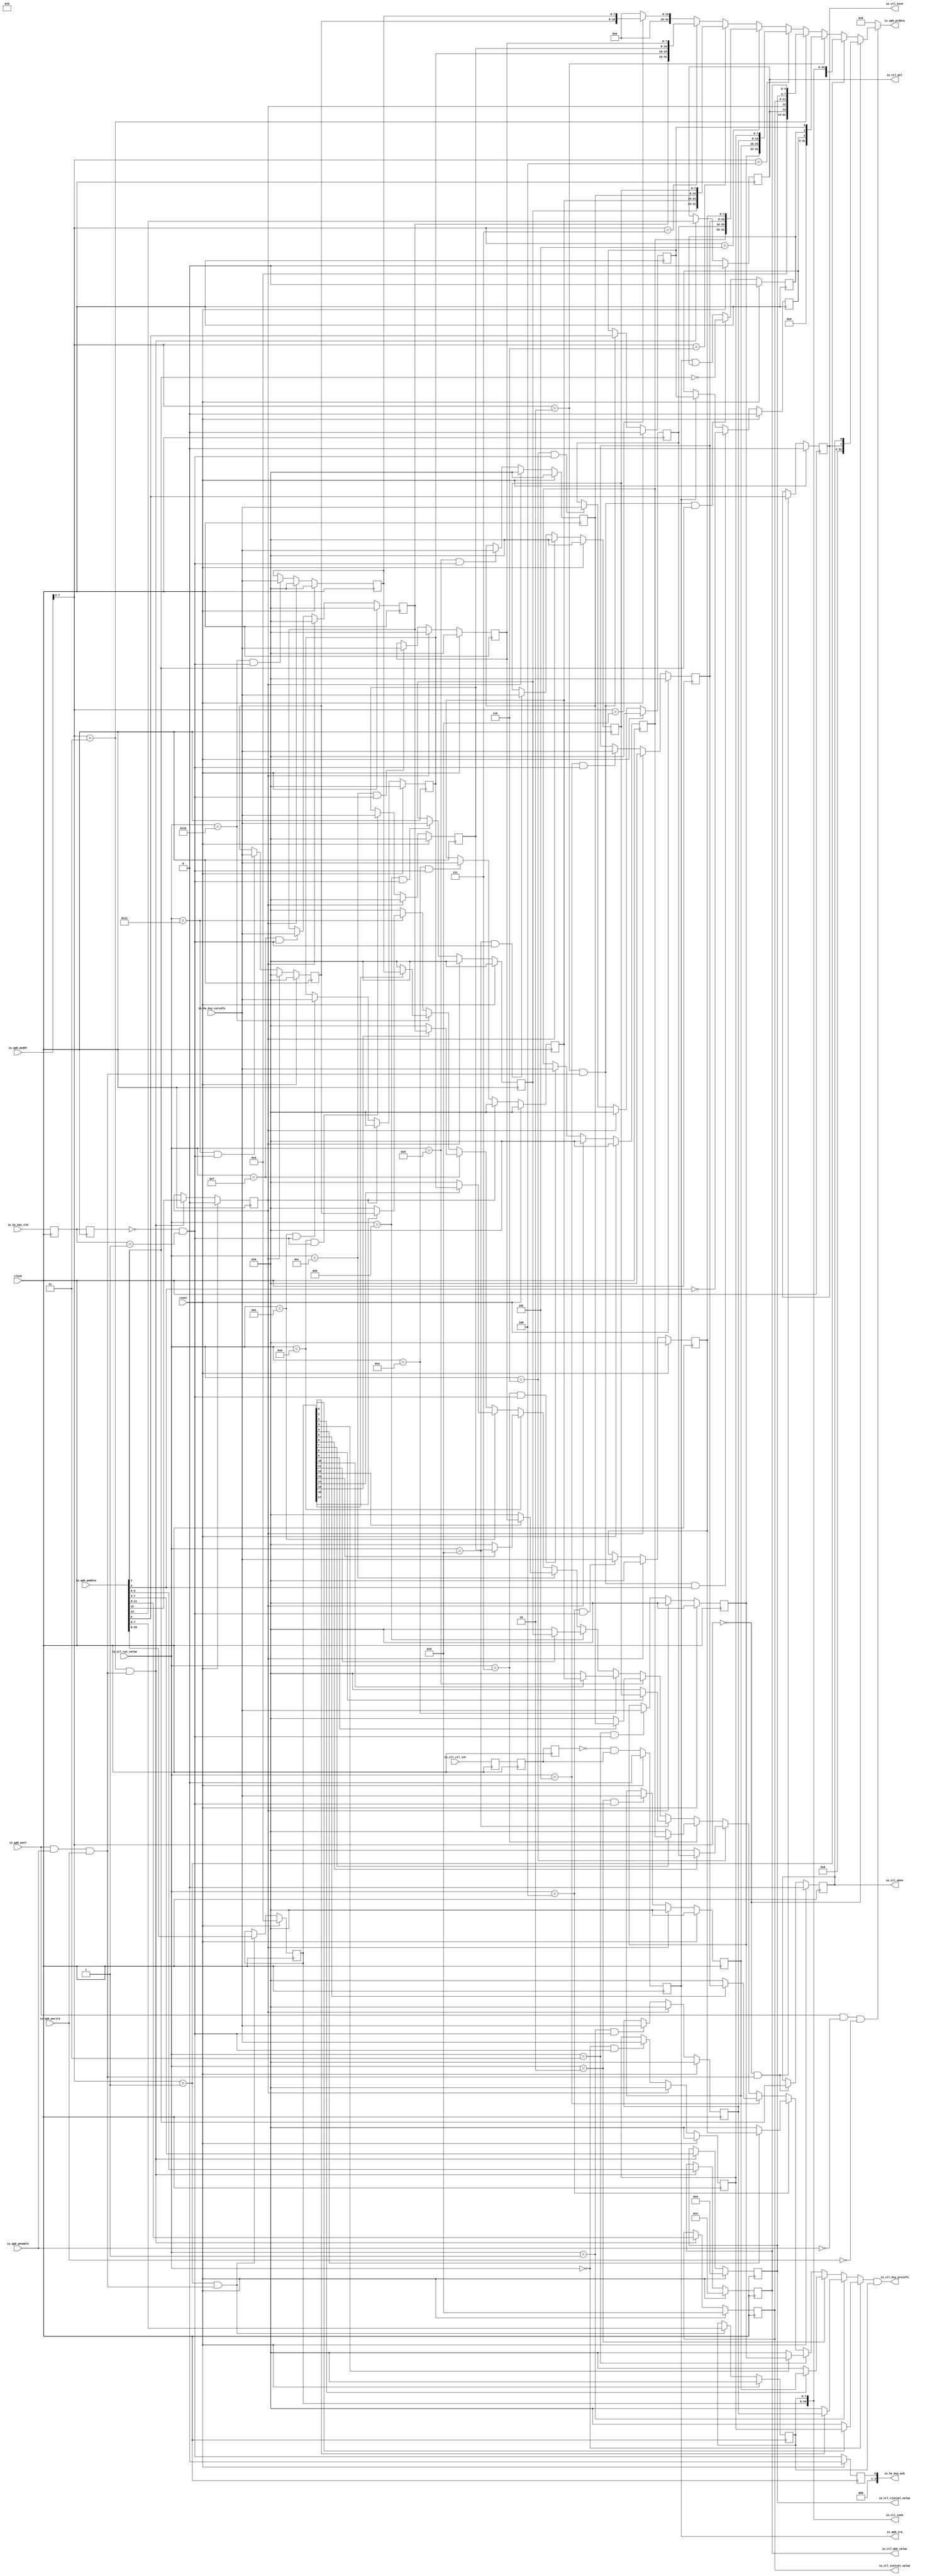
module Regfile(
  input         clock,
  input         reset,
  input         io_apb_psel,
  input         io_apb_pwrite,
  input         io_apb_penable,
  input  [7:0]  io_apb_paddr,
  input  [31:0] io_apb_pwdata,
  output [31:0] io_apb_prdata,
  output        io_apb_irq,
  input  [7:0]  io_hs_key_curinfo,
  input  [3:0]  io_hs_key_vld,
  output [3:0]  io_hs_key_ack,
  output        io_ctl_ksen,
  output        io_ctl_wken,
  output [7:0]  io_ctl_key_preinfo,
  output [25:0] io_ctl_ioen,
  output        io_ctl_pol,
  output [3:0]  io_ctl_deb_value,
  output [3:0]  io_ctl_rintval_value,
  output [3:0]  io_ctl_sintval_value,
  input  [4:0]  io_ctl_cyc_value,
  input         io_ctl_ctl_int
);
  reg [3:0] key_vld_d; // @[Regfile.scala 20:28]
  reg [31:0] _RAND_0;
  reg [3:0] key_vld_dd; // @[Regfile.scala 21:29]
  reg [31:0] _RAND_1;
  reg  key_ack; // @[Regfile.scala 22:26]
  reg [31:0] _RAND_2;
  wire  _T; // @[Regfile.scala 23:33]
  wire  _T_1; // @[Regfile.scala 23:55]
  wire  key_vld_r; // @[Regfile.scala 23:42]
  reg  ctl_int_d; // @[Regfile.scala 35:28]
  reg [31:0] _RAND_3;
  reg  ctl_int_dd; // @[Regfile.scala 36:29]
  reg [31:0] _RAND_4;
  reg  ctl_int_ddd; // @[Regfile.scala 37:30]
  reg [31:0] _RAND_5;
  reg  ctl_int_r; // @[Regfile.scala 38:28]
  reg [31:0] _RAND_6;
  wire  _T_2; // @[Regfile.scala 39:18]
  wire  _T_4; // @[Regfile.scala 39:31]
  wire  _T_5; // @[Regfile.scala 54:30]
  wire  wr_en; // @[Regfile.scala 54:47]
  wire  _T_6; // @[Regfile.scala 55:32]
  wire  _T_7; // @[Regfile.scala 55:29]
  wire  _T_8; // @[Regfile.scala 55:52]
  wire  rd_en; // @[Regfile.scala 55:49]
  wire [5:0] reg_idx; // @[Regfile.scala 56:33]
  wire  _T_9; // @[Regfile.scala 58:30]
  wire  ks_en_wr; // @[Regfile.scala 58:39]
  reg  ks_en; // @[Regfile.scala 59:25]
  reg [31:0] _RAND_7;
  reg  wk_en; // @[Regfile.scala 60:25]
  reg [31:0] _RAND_8;
  wire  _T_11; // @[Regfile.scala 62:29]
  wire  _T_12; // @[Regfile.scala 63:29]
  wire [31:0] ks_en_bus; // @[Cat.scala 29:58]
  wire  _T_14; // @[Regfile.scala 67:31]
  wire  io_cfg_wr; // @[Regfile.scala 67:40]
  reg [17:0] ksoe; // @[Regfile.scala 68:24]
  reg [31:0] _RAND_9;
  reg [7:0] ksie; // @[Regfile.scala 69:24]
  reg [31:0] _RAND_10;
  wire [17:0] _T_16; // @[Regfile.scala 71:28]
  wire [7:0] _T_17; // @[Regfile.scala 72:28]
  wire [31:0] io_cfg_bus; // @[Cat.scala 29:58]
  wire  _T_19; // @[Regfile.scala 76:32]
  wire  int_cfg_wr; // @[Regfile.scala 76:41]
  reg  int_en; // @[Regfile.scala 77:26]
  reg [31:0] _RAND_11;
  reg  ksf; // @[Regfile.scala 78:23]
  reg [31:0] _RAND_12;
  reg  ksif; // @[Regfile.scala 79:24]
  reg [31:0] _RAND_13;
  wire  _T_24; // @[Regfile.scala 83:29]
  wire  _T_26; // @[Regfile.scala 84:14]
  wire  _GEN_6; // @[Regfile.scala 85:35]
  wire  _T_29; // @[Regfile.scala 88:45]
  wire  _T_30; // @[Regfile.scala 88:29]
  wire  _T_32; // @[Regfile.scala 89:15]
  wire [31:0] int_cfg_bus; // @[Cat.scala 29:58]
  wire  _T_36; // @[Regfile.scala 95:30]
  wire  ks_cfg_wr; // @[Regfile.scala 95:39]
  reg  pol; // @[Regfile.scala 96:23]
  reg [31:0] _RAND_14;
  reg  clr_key; // @[Regfile.scala 97:27]
  reg [31:0] _RAND_15;
  reg [3:0] sintval_value; // @[Regfile.scala 98:33]
  reg [31:0] _RAND_16;
  reg [3:0] rintval_value; // @[Regfile.scala 99:33]
  reg [31:0] _RAND_17;
  reg [3:0] deb_value; // @[Regfile.scala 100:29]
  reg [31:0] _RAND_18;
  wire  _T_38; // @[Regfile.scala 102:27]
  wire  _T_39; // @[Regfile.scala 103:31]
  wire [3:0] _T_40; // @[Regfile.scala 104:37]
  wire [3:0] _T_41; // @[Regfile.scala 105:37]
  wire [3:0] _T_42; // @[Regfile.scala 106:33]
  wire [31:0] ks_cfg_bus; // @[Cat.scala 29:58]
  reg [7:0] rows_0; // @[Regfile.scala 112:23]
  reg [31:0] _RAND_19;
  wire  _T_48; // @[Regfile.scala 115:36]
  wire  _T_50; // @[Regfile.scala 115:45]
  reg [7:0] rows_1; // @[Regfile.scala 112:23]
  reg [31:0] _RAND_20;
  wire  _T_52; // @[Regfile.scala 115:36]
  wire  _T_54; // @[Regfile.scala 115:45]
  reg [7:0] rows_2; // @[Regfile.scala 112:23]
  reg [31:0] _RAND_21;
  wire  _T_56; // @[Regfile.scala 115:36]
  wire  _T_58; // @[Regfile.scala 115:45]
  reg [7:0] rows_3; // @[Regfile.scala 112:23]
  reg [31:0] _RAND_22;
  wire  _T_60; // @[Regfile.scala 115:36]
  wire  _T_62; // @[Regfile.scala 115:45]
  reg [7:0] rows_4; // @[Regfile.scala 112:23]
  reg [31:0] _RAND_23;
  wire  _T_64; // @[Regfile.scala 115:36]
  wire  _T_66; // @[Regfile.scala 115:45]
  reg [7:0] rows_5; // @[Regfile.scala 112:23]
  reg [31:0] _RAND_24;
  wire  _T_68; // @[Regfile.scala 115:36]
  wire  _T_70; // @[Regfile.scala 115:45]
  reg [7:0] rows_6; // @[Regfile.scala 112:23]
  reg [31:0] _RAND_25;
  wire  _T_72; // @[Regfile.scala 115:36]
  wire  _T_74; // @[Regfile.scala 115:45]
  reg [7:0] rows_7; // @[Regfile.scala 112:23]
  reg [31:0] _RAND_26;
  wire  _T_76; // @[Regfile.scala 115:36]
  wire  _T_78; // @[Regfile.scala 115:45]
  reg [7:0] rows_8; // @[Regfile.scala 112:23]
  reg [31:0] _RAND_27;
  wire  _T_80; // @[Regfile.scala 115:36]
  wire  _T_82; // @[Regfile.scala 115:45]
  reg [7:0] rows_9; // @[Regfile.scala 112:23]
  reg [31:0] _RAND_28;
  wire  _T_84; // @[Regfile.scala 115:36]
  wire  _T_86; // @[Regfile.scala 115:45]
  reg [7:0] rows_10; // @[Regfile.scala 112:23]
  reg [31:0] _RAND_29;
  wire  _T_88; // @[Regfile.scala 115:36]
  wire  _T_90; // @[Regfile.scala 115:45]
  reg [7:0] rows_11; // @[Regfile.scala 112:23]
  reg [31:0] _RAND_30;
  wire  _T_92; // @[Regfile.scala 115:36]
  wire  _T_94; // @[Regfile.scala 115:45]
  reg [7:0] rows_12; // @[Regfile.scala 112:23]
  reg [31:0] _RAND_31;
  wire  _T_96; // @[Regfile.scala 115:36]
  wire  _T_98; // @[Regfile.scala 115:45]
  reg [7:0] rows_13; // @[Regfile.scala 112:23]
  reg [31:0] _RAND_32;
  wire  _T_100; // @[Regfile.scala 115:36]
  wire  _T_102; // @[Regfile.scala 115:45]
  reg [7:0] rows_14; // @[Regfile.scala 112:23]
  reg [31:0] _RAND_33;
  wire  _T_104; // @[Regfile.scala 115:36]
  wire  _T_106; // @[Regfile.scala 115:45]
  reg [7:0] rows_15; // @[Regfile.scala 112:23]
  reg [31:0] _RAND_34;
  wire  _T_108; // @[Regfile.scala 115:36]
  wire  _T_110; // @[Regfile.scala 115:45]
  reg [7:0] rows_16; // @[Regfile.scala 112:23]
  reg [31:0] _RAND_35;
  wire  _T_112; // @[Regfile.scala 115:36]
  wire  _T_114; // @[Regfile.scala 115:45]
  reg [7:0] rows_17; // @[Regfile.scala 112:23]
  reg [31:0] _RAND_36;
  wire  _T_116; // @[Regfile.scala 115:36]
  wire  _T_118; // @[Regfile.scala 115:45]
  wire [31:0] ks_info0_bus; // @[Cat.scala 29:58]
  wire [31:0] ks_info1_bus; // @[Cat.scala 29:58]
  wire [31:0] ks_info2_bus; // @[Cat.scala 29:58]
  wire [31:0] ks_info3_bus; // @[Cat.scala 29:58]
  wire [31:0] ks_info4_bus; // @[Cat.scala 29:58]
  wire  _T_133; // @[Regfile.scala 131:16]
  wire  _T_134; // @[Regfile.scala 132:16]
  wire  _T_135; // @[Regfile.scala 133:16]
  wire  _T_136; // @[Regfile.scala 134:16]
  wire  _T_137; // @[Regfile.scala 135:16]
  wire [31:0] _T_138; // @[Mux.scala 87:16]
  wire [31:0] _T_139; // @[Mux.scala 87:16]
  wire [31:0] _T_140; // @[Mux.scala 87:16]
  wire [31:0] _T_141; // @[Mux.scala 87:16]
  wire [31:0] _T_142; // @[Mux.scala 87:16]
  wire [31:0] _T_143; // @[Mux.scala 87:16]
  wire [31:0] _T_144; // @[Mux.scala 87:16]
  wire [31:0] _T_145; // @[Mux.scala 87:16]
  wire [31:0] _T_146; // @[Mux.scala 87:16]
  wire  _T_148; // @[Regfile.scala 138:53]
  wire [7:0] sel_rows_0; // @[Regfile.scala 138:48]
  wire  _T_149; // @[Regfile.scala 138:53]
  wire [7:0] sel_rows_1; // @[Regfile.scala 138:48]
  wire  _T_150; // @[Regfile.scala 138:53]
  wire [7:0] sel_rows_2; // @[Regfile.scala 138:48]
  wire  _T_151; // @[Regfile.scala 138:53]
  wire [7:0] sel_rows_3; // @[Regfile.scala 138:48]
  wire  _T_152; // @[Regfile.scala 138:53]
  wire [7:0] sel_rows_4; // @[Regfile.scala 138:48]
  wire  _T_153; // @[Regfile.scala 138:53]
  wire [7:0] sel_rows_5; // @[Regfile.scala 138:48]
  wire  _T_154; // @[Regfile.scala 138:53]
  wire [7:0] sel_rows_6; // @[Regfile.scala 138:48]
  wire  _T_155; // @[Regfile.scala 138:53]
  wire [7:0] sel_rows_7; // @[Regfile.scala 138:48]
  wire  _T_156; // @[Regfile.scala 138:53]
  wire [7:0] sel_rows_8; // @[Regfile.scala 138:48]
  wire  _T_157; // @[Regfile.scala 138:53]
  wire [7:0] sel_rows_9; // @[Regfile.scala 138:48]
  wire  _T_158; // @[Regfile.scala 138:53]
  wire [7:0] sel_rows_10; // @[Regfile.scala 138:48]
  wire  _T_159; // @[Regfile.scala 138:53]
  wire [7:0] sel_rows_11; // @[Regfile.scala 138:48]
  wire  _T_160; // @[Regfile.scala 138:53]
  wire [7:0] sel_rows_12; // @[Regfile.scala 138:48]
  wire  _T_161; // @[Regfile.scala 138:53]
  wire [7:0] sel_rows_13; // @[Regfile.scala 138:48]
  wire  _T_162; // @[Regfile.scala 138:53]
  wire [7:0] sel_rows_14; // @[Regfile.scala 138:48]
  wire  _T_163; // @[Regfile.scala 138:53]
  wire [7:0] sel_rows_15; // @[Regfile.scala 138:48]
  wire  _T_164; // @[Regfile.scala 138:53]
  wire [7:0] sel_rows_16; // @[Regfile.scala 138:48]
  wire  _T_165; // @[Regfile.scala 138:53]
  wire [7:0] sel_rows_17; // @[Regfile.scala 138:48]
  wire [7:0] _T_166; // @[Mux.scala 87:16]
  wire [7:0] _T_167; // @[Mux.scala 87:16]
  wire [7:0] _T_168; // @[Mux.scala 87:16]
  wire [7:0] _T_169; // @[Mux.scala 87:16]
  wire [7:0] _T_170; // @[Mux.scala 87:16]
  wire [7:0] _T_171; // @[Mux.scala 87:16]
  wire [7:0] _T_172; // @[Mux.scala 87:16]
  wire [7:0] _T_173; // @[Mux.scala 87:16]
  wire [7:0] _T_174; // @[Mux.scala 87:16]
  wire [7:0] _T_175; // @[Mux.scala 87:16]
  wire [7:0] _T_176; // @[Mux.scala 87:16]
  wire [7:0] _T_177; // @[Mux.scala 87:16]
  wire [7:0] _T_178; // @[Mux.scala 87:16]
  wire [7:0] _T_179; // @[Mux.scala 87:16]
  wire [7:0] _T_180; // @[Mux.scala 87:16]
  wire [7:0] _T_181; // @[Mux.scala 87:16]
  wire [7:0] _T_182; // @[Mux.scala 87:16]
  wire [7:0] key_info; // @[Mux.scala 87:16]
  assign _T = key_vld_dd == 4'h0; // @[Regfile.scala 23:33]
  assign _T_1 = key_vld_d == 4'h1; // @[Regfile.scala 23:55]
  assign key_vld_r = _T & _T_1; // @[Regfile.scala 23:42]
  assign _T_2 = ctl_int_ddd == 1'h0; // @[Regfile.scala 39:18]
  assign _T_4 = _T_2 & ctl_int_dd; // @[Regfile.scala 39:31]
  assign _T_5 = io_apb_psel & io_apb_penable; // @[Regfile.scala 54:30]
  assign wr_en = _T_5 & io_apb_pwrite; // @[Regfile.scala 54:47]
  assign _T_6 = io_apb_penable == 1'h0; // @[Regfile.scala 55:32]
  assign _T_7 = io_apb_psel & _T_6; // @[Regfile.scala 55:29]
  assign _T_8 = io_apb_pwrite == 1'h0; // @[Regfile.scala 55:52]
  assign rd_en = _T_7 & _T_8; // @[Regfile.scala 55:49]
  assign reg_idx = io_apb_paddr[7:2]; // @[Regfile.scala 56:33]
  assign _T_9 = reg_idx == 6'h0; // @[Regfile.scala 58:30]
  assign ks_en_wr = _T_9 & wr_en; // @[Regfile.scala 58:39]
  assign _T_11 = io_apb_pwdata[0]; // @[Regfile.scala 62:29]
  assign _T_12 = io_apb_pwdata[1]; // @[Regfile.scala 63:29]
  assign ks_en_bus = {30'h0,ks_en,wk_en}; // @[Cat.scala 29:58]
  assign _T_14 = reg_idx == 6'h1; // @[Regfile.scala 67:31]
  assign io_cfg_wr = _T_14 & wr_en; // @[Regfile.scala 67:40]
  assign _T_16 = io_apb_pwdata[25:8]; // @[Regfile.scala 71:28]
  assign _T_17 = io_apb_pwdata[7:0]; // @[Regfile.scala 72:28]
  assign io_cfg_bus = {6'h0,ksoe,ksie}; // @[Cat.scala 29:58]
  assign _T_19 = reg_idx == 6'h2; // @[Regfile.scala 76:32]
  assign int_cfg_wr = _T_19 & wr_en; // @[Regfile.scala 76:41]
  assign _T_24 = int_cfg_wr & _T_12; // @[Regfile.scala 83:29]
  assign _T_26 = ~ _T_12; // @[Regfile.scala 84:14]
  assign _GEN_6 = ctl_int_r | ksf; // @[Regfile.scala 85:35]
  assign _T_29 = io_apb_pwdata[2]; // @[Regfile.scala 88:45]
  assign _T_30 = int_cfg_wr & _T_29; // @[Regfile.scala 88:29]
  assign _T_32 = ~ _T_29; // @[Regfile.scala 89:15]
  assign int_cfg_bus = {29'h0,ksif,ksf,int_en}; // @[Cat.scala 29:58]
  assign _T_36 = reg_idx == 6'h3; // @[Regfile.scala 95:30]
  assign ks_cfg_wr = _T_36 & wr_en; // @[Regfile.scala 95:39]
  assign _T_38 = io_apb_pwdata[13]; // @[Regfile.scala 102:27]
  assign _T_39 = io_apb_pwdata[12]; // @[Regfile.scala 103:31]
  assign _T_40 = io_apb_pwdata[11:8]; // @[Regfile.scala 104:37]
  assign _T_41 = io_apb_pwdata[7:4]; // @[Regfile.scala 105:37]
  assign _T_42 = io_apb_pwdata[3:0]; // @[Regfile.scala 106:33]
  assign ks_cfg_bus = {18'h0,pol,clr_key,sintval_value,rintval_value,deb_value}; // @[Cat.scala 29:58]
  assign _T_48 = io_ctl_cyc_value == 5'h0; // @[Regfile.scala 115:36]
  assign _T_50 = _T_48 & key_vld_r; // @[Regfile.scala 115:45]
  assign _T_52 = io_ctl_cyc_value == 5'h1; // @[Regfile.scala 115:36]
  assign _T_54 = _T_52 & key_vld_r; // @[Regfile.scala 115:45]
  assign _T_56 = io_ctl_cyc_value == 5'h2; // @[Regfile.scala 115:36]
  assign _T_58 = _T_56 & key_vld_r; // @[Regfile.scala 115:45]
  assign _T_60 = io_ctl_cyc_value == 5'h3; // @[Regfile.scala 115:36]
  assign _T_62 = _T_60 & key_vld_r; // @[Regfile.scala 115:45]
  assign _T_64 = io_ctl_cyc_value == 5'h4; // @[Regfile.scala 115:36]
  assign _T_66 = _T_64 & key_vld_r; // @[Regfile.scala 115:45]
  assign _T_68 = io_ctl_cyc_value == 5'h5; // @[Regfile.scala 115:36]
  assign _T_70 = _T_68 & key_vld_r; // @[Regfile.scala 115:45]
  assign _T_72 = io_ctl_cyc_value == 5'h6; // @[Regfile.scala 115:36]
  assign _T_74 = _T_72 & key_vld_r; // @[Regfile.scala 115:45]
  assign _T_76 = io_ctl_cyc_value == 5'h7; // @[Regfile.scala 115:36]
  assign _T_78 = _T_76 & key_vld_r; // @[Regfile.scala 115:45]
  assign _T_80 = io_ctl_cyc_value == 5'h8; // @[Regfile.scala 115:36]
  assign _T_82 = _T_80 & key_vld_r; // @[Regfile.scala 115:45]
  assign _T_84 = io_ctl_cyc_value == 5'h9; // @[Regfile.scala 115:36]
  assign _T_86 = _T_84 & key_vld_r; // @[Regfile.scala 115:45]
  assign _T_88 = io_ctl_cyc_value == 5'ha; // @[Regfile.scala 115:36]
  assign _T_90 = _T_88 & key_vld_r; // @[Regfile.scala 115:45]
  assign _T_92 = io_ctl_cyc_value == 5'hb; // @[Regfile.scala 115:36]
  assign _T_94 = _T_92 & key_vld_r; // @[Regfile.scala 115:45]
  assign _T_96 = io_ctl_cyc_value == 5'hc; // @[Regfile.scala 115:36]
  assign _T_98 = _T_96 & key_vld_r; // @[Regfile.scala 115:45]
  assign _T_100 = io_ctl_cyc_value == 5'hd; // @[Regfile.scala 115:36]
  assign _T_102 = _T_100 & key_vld_r; // @[Regfile.scala 115:45]
  assign _T_104 = io_ctl_cyc_value == 5'he; // @[Regfile.scala 115:36]
  assign _T_106 = _T_104 & key_vld_r; // @[Regfile.scala 115:45]
  assign _T_108 = io_ctl_cyc_value == 5'hf; // @[Regfile.scala 115:36]
  assign _T_110 = _T_108 & key_vld_r; // @[Regfile.scala 115:45]
  assign _T_112 = io_ctl_cyc_value == 5'h10; // @[Regfile.scala 115:36]
  assign _T_114 = _T_112 & key_vld_r; // @[Regfile.scala 115:45]
  assign _T_116 = io_ctl_cyc_value == 5'h11; // @[Regfile.scala 115:36]
  assign _T_118 = _T_116 & key_vld_r; // @[Regfile.scala 115:45]
  assign ks_info0_bus = {rows_3,rows_2,rows_1,rows_0}; // @[Cat.scala 29:58]
  assign ks_info1_bus = {rows_7,rows_6,rows_5,rows_4}; // @[Cat.scala 29:58]
  assign ks_info2_bus = {rows_11,rows_10,rows_9,rows_8}; // @[Cat.scala 29:58]
  assign ks_info3_bus = {rows_15,rows_14,rows_13,rows_12}; // @[Cat.scala 29:58]
  assign ks_info4_bus = {16'h0,rows_17,rows_16}; // @[Cat.scala 29:58]
  assign _T_133 = reg_idx == 6'h4; // @[Regfile.scala 131:16]
  assign _T_134 = reg_idx == 6'h5; // @[Regfile.scala 132:16]
  assign _T_135 = reg_idx == 6'h6; // @[Regfile.scala 133:16]
  assign _T_136 = reg_idx == 6'h7; // @[Regfile.scala 134:16]
  assign _T_137 = reg_idx == 6'h8; // @[Regfile.scala 135:16]
  assign _T_138 = _T_137 ? ks_info4_bus : 32'h0; // @[Mux.scala 87:16]
  assign _T_139 = _T_136 ? ks_info3_bus : _T_138; // @[Mux.scala 87:16]
  assign _T_140 = _T_135 ? ks_info2_bus : _T_139; // @[Mux.scala 87:16]
  assign _T_141 = _T_134 ? ks_info1_bus : _T_140; // @[Mux.scala 87:16]
  assign _T_142 = _T_133 ? ks_info0_bus : _T_141; // @[Mux.scala 87:16]
  assign _T_143 = _T_36 ? ks_cfg_bus : _T_142; // @[Mux.scala 87:16]
  assign _T_144 = _T_19 ? int_cfg_bus : _T_143; // @[Mux.scala 87:16]
  assign _T_145 = _T_14 ? io_cfg_bus : _T_144; // @[Mux.scala 87:16]
  assign _T_146 = _T_9 ? ks_en_bus : _T_145; // @[Mux.scala 87:16]
  assign _T_148 = ksoe[0]; // @[Regfile.scala 138:53]
  assign sel_rows_0 = _T_148 ? rows_0 : 8'h0; // @[Regfile.scala 138:48]
  assign _T_149 = ksoe[1]; // @[Regfile.scala 138:53]
  assign sel_rows_1 = _T_149 ? rows_1 : 8'h0; // @[Regfile.scala 138:48]
  assign _T_150 = ksoe[2]; // @[Regfile.scala 138:53]
  assign sel_rows_2 = _T_150 ? rows_2 : 8'h0; // @[Regfile.scala 138:48]
  assign _T_151 = ksoe[3]; // @[Regfile.scala 138:53]
  assign sel_rows_3 = _T_151 ? rows_3 : 8'h0; // @[Regfile.scala 138:48]
  assign _T_152 = ksoe[4]; // @[Regfile.scala 138:53]
  assign sel_rows_4 = _T_152 ? rows_4 : 8'h0; // @[Regfile.scala 138:48]
  assign _T_153 = ksoe[5]; // @[Regfile.scala 138:53]
  assign sel_rows_5 = _T_153 ? rows_5 : 8'h0; // @[Regfile.scala 138:48]
  assign _T_154 = ksoe[6]; // @[Regfile.scala 138:53]
  assign sel_rows_6 = _T_154 ? rows_6 : 8'h0; // @[Regfile.scala 138:48]
  assign _T_155 = ksoe[7]; // @[Regfile.scala 138:53]
  assign sel_rows_7 = _T_155 ? rows_7 : 8'h0; // @[Regfile.scala 138:48]
  assign _T_156 = ksoe[8]; // @[Regfile.scala 138:53]
  assign sel_rows_8 = _T_156 ? rows_8 : 8'h0; // @[Regfile.scala 138:48]
  assign _T_157 = ksoe[9]; // @[Regfile.scala 138:53]
  assign sel_rows_9 = _T_157 ? rows_9 : 8'h0; // @[Regfile.scala 138:48]
  assign _T_158 = ksoe[10]; // @[Regfile.scala 138:53]
  assign sel_rows_10 = _T_158 ? rows_10 : 8'h0; // @[Regfile.scala 138:48]
  assign _T_159 = ksoe[11]; // @[Regfile.scala 138:53]
  assign sel_rows_11 = _T_159 ? rows_11 : 8'h0; // @[Regfile.scala 138:48]
  assign _T_160 = ksoe[12]; // @[Regfile.scala 138:53]
  assign sel_rows_12 = _T_160 ? rows_12 : 8'h0; // @[Regfile.scala 138:48]
  assign _T_161 = ksoe[13]; // @[Regfile.scala 138:53]
  assign sel_rows_13 = _T_161 ? rows_13 : 8'h0; // @[Regfile.scala 138:48]
  assign _T_162 = ksoe[14]; // @[Regfile.scala 138:53]
  assign sel_rows_14 = _T_162 ? rows_14 : 8'h0; // @[Regfile.scala 138:48]
  assign _T_163 = ksoe[15]; // @[Regfile.scala 138:53]
  assign sel_rows_15 = _T_163 ? rows_15 : 8'h0; // @[Regfile.scala 138:48]
  assign _T_164 = ksoe[16]; // @[Regfile.scala 138:53]
  assign sel_rows_16 = _T_164 ? rows_16 : 8'h0; // @[Regfile.scala 138:48]
  assign _T_165 = ksoe[17]; // @[Regfile.scala 138:53]
  assign sel_rows_17 = _T_165 ? rows_17 : 8'h0; // @[Regfile.scala 138:48]
  assign _T_166 = _T_116 ? sel_rows_17 : 8'h0; // @[Mux.scala 87:16]
  assign _T_167 = _T_112 ? sel_rows_16 : _T_166; // @[Mux.scala 87:16]
  assign _T_168 = _T_108 ? sel_rows_15 : _T_167; // @[Mux.scala 87:16]
  assign _T_169 = _T_104 ? sel_rows_14 : _T_168; // @[Mux.scala 87:16]
  assign _T_170 = _T_100 ? sel_rows_13 : _T_169; // @[Mux.scala 87:16]
  assign _T_171 = _T_96 ? sel_rows_12 : _T_170; // @[Mux.scala 87:16]
  assign _T_172 = _T_92 ? sel_rows_11 : _T_171; // @[Mux.scala 87:16]
  assign _T_173 = _T_88 ? sel_rows_10 : _T_172; // @[Mux.scala 87:16]
  assign _T_174 = _T_84 ? sel_rows_9 : _T_173; // @[Mux.scala 87:16]
  assign _T_175 = _T_80 ? sel_rows_8 : _T_174; // @[Mux.scala 87:16]
  assign _T_176 = _T_76 ? sel_rows_7 : _T_175; // @[Mux.scala 87:16]
  assign _T_177 = _T_72 ? sel_rows_6 : _T_176; // @[Mux.scala 87:16]
  assign _T_178 = _T_68 ? sel_rows_5 : _T_177; // @[Mux.scala 87:16]
  assign _T_179 = _T_64 ? sel_rows_4 : _T_178; // @[Mux.scala 87:16]
  assign _T_180 = _T_60 ? sel_rows_3 : _T_179; // @[Mux.scala 87:16]
  assign _T_181 = _T_56 ? sel_rows_2 : _T_180; // @[Mux.scala 87:16]
  assign _T_182 = _T_52 ? sel_rows_1 : _T_181; // @[Mux.scala 87:16]
  assign key_info = _T_48 ? sel_rows_0 : _T_182; // @[Mux.scala 87:16]
  assign io_apb_prdata = rd_en ? _T_146 : 32'h0; // @[Regfile.scala 127:19]
  assign io_apb_irq = ctl_int_r; // @[Regfile.scala 40:16]
  assign io_hs_key_ack = {{3'd0}, key_ack}; // @[Regfile.scala 29:19]
  assign io_ctl_ksen = ks_en; // @[Regfile.scala 147:15]
  assign io_ctl_wken = wk_en; // @[Regfile.scala 146:15]
  assign io_ctl_key_preinfo = key_info & ksie; // @[Regfile.scala 145:22]
  assign io_ctl_ioen = {ksoe,ksie}; // @[Regfile.scala 148:15]
  assign io_ctl_pol = pol; // @[Regfile.scala 149:14]
  assign io_ctl_deb_value = deb_value; // @[Regfile.scala 150:20]
  assign io_ctl_rintval_value = rintval_value; // @[Regfile.scala 151:24]
  assign io_ctl_sintval_value = sintval_value; // @[Regfile.scala 152:24]
`ifdef RANDOMIZE_GARBAGE_ASSIGN
`define RANDOMIZE
`endif
`ifdef RANDOMIZE_INVALID_ASSIGN
`define RANDOMIZE
`endif
`ifdef RANDOMIZE_REG_INIT
`define RANDOMIZE
`endif
`ifdef RANDOMIZE_MEM_INIT
`define RANDOMIZE
`endif
`ifndef RANDOM
`define RANDOM $random
`endif
`ifdef RANDOMIZE_MEM_INIT
  integer initvar;
`endif
initial begin
  `ifdef RANDOMIZE
    `ifdef INIT_RANDOM
      `INIT_RANDOM
    `endif
    `ifndef VERILATOR
      `ifdef RANDOMIZE_DELAY
        #`RANDOMIZE_DELAY begin end
      `else
        #0.002 begin end
      `endif
    `endif
  `ifdef RANDOMIZE_REG_INIT
  _RAND_0 = {1{`RANDOM}};
  key_vld_d = _RAND_0[3:0];
  `endif // RANDOMIZE_REG_INIT
  `ifdef RANDOMIZE_REG_INIT
  _RAND_1 = {1{`RANDOM}};
  key_vld_dd = _RAND_1[3:0];
  `endif // RANDOMIZE_REG_INIT
  `ifdef RANDOMIZE_REG_INIT
  _RAND_2 = {1{`RANDOM}};
  key_ack = _RAND_2[0:0];
  `endif // RANDOMIZE_REG_INIT
  `ifdef RANDOMIZE_REG_INIT
  _RAND_3 = {1{`RANDOM}};
  ctl_int_d = _RAND_3[0:0];
  `endif // RANDOMIZE_REG_INIT
  `ifdef RANDOMIZE_REG_INIT
  _RAND_4 = {1{`RANDOM}};
  ctl_int_dd = _RAND_4[0:0];
  `endif // RANDOMIZE_REG_INIT
  `ifdef RANDOMIZE_REG_INIT
  _RAND_5 = {1{`RANDOM}};
  ctl_int_ddd = _RAND_5[0:0];
  `endif // RANDOMIZE_REG_INIT
  `ifdef RANDOMIZE_REG_INIT
  _RAND_6 = {1{`RANDOM}};
  ctl_int_r = _RAND_6[0:0];
  `endif // RANDOMIZE_REG_INIT
  `ifdef RANDOMIZE_REG_INIT
  _RAND_7 = {1{`RANDOM}};
  ks_en = _RAND_7[0:0];
  `endif // RANDOMIZE_REG_INIT
  `ifdef RANDOMIZE_REG_INIT
  _RAND_8 = {1{`RANDOM}};
  wk_en = _RAND_8[0:0];
  `endif // RANDOMIZE_REG_INIT
  `ifdef RANDOMIZE_REG_INIT
  _RAND_9 = {1{`RANDOM}};
  ksoe = _RAND_9[17:0];
  `endif // RANDOMIZE_REG_INIT
  `ifdef RANDOMIZE_REG_INIT
  _RAND_10 = {1{`RANDOM}};
  ksie = _RAND_10[7:0];
  `endif // RANDOMIZE_REG_INIT
  `ifdef RANDOMIZE_REG_INIT
  _RAND_11 = {1{`RANDOM}};
  int_en = _RAND_11[0:0];
  `endif // RANDOMIZE_REG_INIT
  `ifdef RANDOMIZE_REG_INIT
  _RAND_12 = {1{`RANDOM}};
  ksf = _RAND_12[0:0];
  `endif // RANDOMIZE_REG_INIT
  `ifdef RANDOMIZE_REG_INIT
  _RAND_13 = {1{`RANDOM}};
  ksif = _RAND_13[0:0];
  `endif // RANDOMIZE_REG_INIT
  `ifdef RANDOMIZE_REG_INIT
  _RAND_14 = {1{`RANDOM}};
  pol = _RAND_14[0:0];
  `endif // RANDOMIZE_REG_INIT
  `ifdef RANDOMIZE_REG_INIT
  _RAND_15 = {1{`RANDOM}};
  clr_key = _RAND_15[0:0];
  `endif // RANDOMIZE_REG_INIT
  `ifdef RANDOMIZE_REG_INIT
  _RAND_16 = {1{`RANDOM}};
  sintval_value = _RAND_16[3:0];
  `endif // RANDOMIZE_REG_INIT
  `ifdef RANDOMIZE_REG_INIT
  _RAND_17 = {1{`RANDOM}};
  rintval_value = _RAND_17[3:0];
  `endif // RANDOMIZE_REG_INIT
  `ifdef RANDOMIZE_REG_INIT
  _RAND_18 = {1{`RANDOM}};
  deb_value = _RAND_18[3:0];
  `endif // RANDOMIZE_REG_INIT
  `ifdef RANDOMIZE_REG_INIT
  _RAND_19 = {1{`RANDOM}};
  rows_0 = _RAND_19[7:0];
  `endif // RANDOMIZE_REG_INIT
  `ifdef RANDOMIZE_REG_INIT
  _RAND_20 = {1{`RANDOM}};
  rows_1 = _RAND_20[7:0];
  `endif // RANDOMIZE_REG_INIT
  `ifdef RANDOMIZE_REG_INIT
  _RAND_21 = {1{`RANDOM}};
  rows_2 = _RAND_21[7:0];
  `endif // RANDOMIZE_REG_INIT
  `ifdef RANDOMIZE_REG_INIT
  _RAND_22 = {1{`RANDOM}};
  rows_3 = _RAND_22[7:0];
  `endif // RANDOMIZE_REG_INIT
  `ifdef RANDOMIZE_REG_INIT
  _RAND_23 = {1{`RANDOM}};
  rows_4 = _RAND_23[7:0];
  `endif // RANDOMIZE_REG_INIT
  `ifdef RANDOMIZE_REG_INIT
  _RAND_24 = {1{`RANDOM}};
  rows_5 = _RAND_24[7:0];
  `endif // RANDOMIZE_REG_INIT
  `ifdef RANDOMIZE_REG_INIT
  _RAND_25 = {1{`RANDOM}};
  rows_6 = _RAND_25[7:0];
  `endif // RANDOMIZE_REG_INIT
  `ifdef RANDOMIZE_REG_INIT
  _RAND_26 = {1{`RANDOM}};
  rows_7 = _RAND_26[7:0];
  `endif // RANDOMIZE_REG_INIT
  `ifdef RANDOMIZE_REG_INIT
  _RAND_27 = {1{`RANDOM}};
  rows_8 = _RAND_27[7:0];
  `endif // RANDOMIZE_REG_INIT
  `ifdef RANDOMIZE_REG_INIT
  _RAND_28 = {1{`RANDOM}};
  rows_9 = _RAND_28[7:0];
  `endif // RANDOMIZE_REG_INIT
  `ifdef RANDOMIZE_REG_INIT
  _RAND_29 = {1{`RANDOM}};
  rows_10 = _RAND_29[7:0];
  `endif // RANDOMIZE_REG_INIT
  `ifdef RANDOMIZE_REG_INIT
  _RAND_30 = {1{`RANDOM}};
  rows_11 = _RAND_30[7:0];
  `endif // RANDOMIZE_REG_INIT
  `ifdef RANDOMIZE_REG_INIT
  _RAND_31 = {1{`RANDOM}};
  rows_12 = _RAND_31[7:0];
  `endif // RANDOMIZE_REG_INIT
  `ifdef RANDOMIZE_REG_INIT
  _RAND_32 = {1{`RANDOM}};
  rows_13 = _RAND_32[7:0];
  `endif // RANDOMIZE_REG_INIT
  `ifdef RANDOMIZE_REG_INIT
  _RAND_33 = {1{`RANDOM}};
  rows_14 = _RAND_33[7:0];
  `endif // RANDOMIZE_REG_INIT
  `ifdef RANDOMIZE_REG_INIT
  _RAND_34 = {1{`RANDOM}};
  rows_15 = _RAND_34[7:0];
  `endif // RANDOMIZE_REG_INIT
  `ifdef RANDOMIZE_REG_INIT
  _RAND_35 = {1{`RANDOM}};
  rows_16 = _RAND_35[7:0];
  `endif // RANDOMIZE_REG_INIT
  `ifdef RANDOMIZE_REG_INIT
  _RAND_36 = {1{`RANDOM}};
  rows_17 = _RAND_36[7:0];
  `endif // RANDOMIZE_REG_INIT
  `endif // RANDOMIZE
end
  always @(posedge clock) begin
    key_vld_d <= io_hs_key_vld;
    key_vld_dd <= key_vld_d;
    if (reset) begin
      key_ack <= 1'h0;
    end else begin
      key_ack <= key_vld_r;
    end
    ctl_int_d <= io_ctl_ctl_int;
    ctl_int_dd <= ctl_int_d;
    ctl_int_ddd <= ctl_int_dd;
    if (reset) begin
      ctl_int_r <= 1'h0;
    end else begin
      ctl_int_r <= _T_4;
    end
    if (reset) begin
      ks_en <= 1'h0;
    end else if (ks_en_wr) begin
      ks_en <= _T_11;
    end
    if (reset) begin
      wk_en <= 1'h0;
    end else if (ks_en_wr) begin
      wk_en <= _T_12;
    end
    if (reset) begin
      ksoe <= 18'h0;
    end else if (io_cfg_wr) begin
      ksoe <= _T_16;
    end
    if (reset) begin
      ksie <= 8'h0;
    end else if (io_cfg_wr) begin
      ksie <= _T_17;
    end
    if (reset) begin
      int_en <= 1'h0;
    end else if (int_cfg_wr) begin
      int_en <= _T_11;
    end
    if (reset) begin
      ksf <= 1'h0;
    end else if (_T_24) begin
      ksf <= _T_26;
    end else begin
      ksf <= _GEN_6;
    end
    if (reset) begin
      ksif <= 1'h0;
    end else if (_T_30) begin
      ksif <= _T_32;
    end else if (ctl_int_r) begin
      ksif <= int_en;
    end
    if (reset) begin
      pol <= 1'h0;
    end else if (ks_cfg_wr) begin
      pol <= _T_38;
    end
    if (reset) begin
      clr_key <= 1'h0;
    end else if (ks_cfg_wr) begin
      clr_key <= _T_39;
    end
    if (reset) begin
      sintval_value <= 4'h8;
    end else if (ks_cfg_wr) begin
      sintval_value <= _T_40;
    end
    if (reset) begin
      rintval_value <= 4'h0;
    end else if (ks_cfg_wr) begin
      rintval_value <= _T_41;
    end
    if (reset) begin
      deb_value <= 4'h4;
    end else if (ks_cfg_wr) begin
      deb_value <= _T_42;
    end
    if (reset) begin
      rows_0 <= 8'h0;
    end else if (clr_key) begin
      rows_0 <= 8'h0;
    end else if (_T_50) begin
      rows_0 <= io_hs_key_curinfo;
    end
    if (reset) begin
      rows_1 <= 8'h0;
    end else if (clr_key) begin
      rows_1 <= 8'h0;
    end else if (_T_54) begin
      rows_1 <= io_hs_key_curinfo;
    end
    if (reset) begin
      rows_2 <= 8'h0;
    end else if (clr_key) begin
      rows_2 <= 8'h0;
    end else if (_T_58) begin
      rows_2 <= io_hs_key_curinfo;
    end
    if (reset) begin
      rows_3 <= 8'h0;
    end else if (clr_key) begin
      rows_3 <= 8'h0;
    end else if (_T_62) begin
      rows_3 <= io_hs_key_curinfo;
    end
    if (reset) begin
      rows_4 <= 8'h0;
    end else if (clr_key) begin
      rows_4 <= 8'h0;
    end else if (_T_66) begin
      rows_4 <= io_hs_key_curinfo;
    end
    if (reset) begin
      rows_5 <= 8'h0;
    end else if (clr_key) begin
      rows_5 <= 8'h0;
    end else if (_T_70) begin
      rows_5 <= io_hs_key_curinfo;
    end
    if (reset) begin
      rows_6 <= 8'h0;
    end else if (clr_key) begin
      rows_6 <= 8'h0;
    end else if (_T_74) begin
      rows_6 <= io_hs_key_curinfo;
    end
    if (reset) begin
      rows_7 <= 8'h0;
    end else if (clr_key) begin
      rows_7 <= 8'h0;
    end else if (_T_78) begin
      rows_7 <= io_hs_key_curinfo;
    end
    if (reset) begin
      rows_8 <= 8'h0;
    end else if (clr_key) begin
      rows_8 <= 8'h0;
    end else if (_T_82) begin
      rows_8 <= io_hs_key_curinfo;
    end
    if (reset) begin
      rows_9 <= 8'h0;
    end else if (clr_key) begin
      rows_9 <= 8'h0;
    end else if (_T_86) begin
      rows_9 <= io_hs_key_curinfo;
    end
    if (reset) begin
      rows_10 <= 8'h0;
    end else if (clr_key) begin
      rows_10 <= 8'h0;
    end else if (_T_90) begin
      rows_10 <= io_hs_key_curinfo;
    end
    if (reset) begin
      rows_11 <= 8'h0;
    end else if (clr_key) begin
      rows_11 <= 8'h0;
    end else if (_T_94) begin
      rows_11 <= io_hs_key_curinfo;
    end
    if (reset) begin
      rows_12 <= 8'h0;
    end else if (clr_key) begin
      rows_12 <= 8'h0;
    end else if (_T_98) begin
      rows_12 <= io_hs_key_curinfo;
    end
    if (reset) begin
      rows_13 <= 8'h0;
    end else if (clr_key) begin
      rows_13 <= 8'h0;
    end else if (_T_102) begin
      rows_13 <= io_hs_key_curinfo;
    end
    if (reset) begin
      rows_14 <= 8'h0;
    end else if (clr_key) begin
      rows_14 <= 8'h0;
    end else if (_T_106) begin
      rows_14 <= io_hs_key_curinfo;
    end
    if (reset) begin
      rows_15 <= 8'h0;
    end else if (clr_key) begin
      rows_15 <= 8'h0;
    end else if (_T_110) begin
      rows_15 <= io_hs_key_curinfo;
    end
    if (reset) begin
      rows_16 <= 8'h0;
    end else if (clr_key) begin
      rows_16 <= 8'h0;
    end else if (_T_114) begin
      rows_16 <= io_hs_key_curinfo;
    end
    if (reset) begin
      rows_17 <= 8'h0;
    end else if (clr_key) begin
      rows_17 <= 8'h0;
    end else if (_T_118) begin
      rows_17 <= io_hs_key_curinfo;
    end
  end
endmodule